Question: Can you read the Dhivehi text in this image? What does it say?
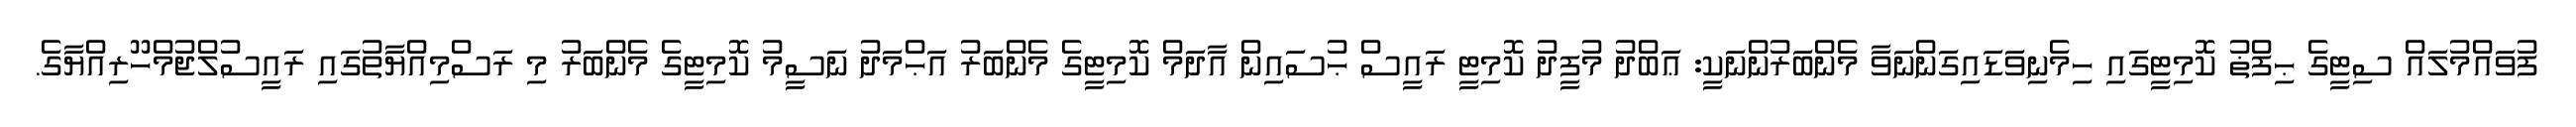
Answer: ފުވައްމުލައް ސިޓީގެ ޙިފްޡު ކޮމިޓީގައި ހިމެނިވަޑައިގަންނަވާ މެންބަރުންނަކީ: ޢަބްދު މުފީދު ކޮމިޓީ ރައީސް ޙުސައިން އާދަމް ކޮމިޓީގެ މެންބަރު އަޙްމަދު ނަސީމު ކޮމިޓީގެ މެންބަރު މި ރަސްމިއްޔާތުގައި ރައީސުލްޖުމްހޫރިއްޔާގެ.